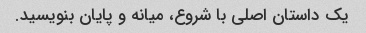
یک داستان اصلی با شروع، میانه و پایان بنویسید.